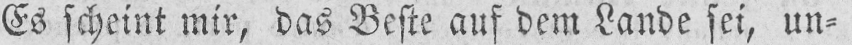
Es scheint mir, das Beste auf dem Lande sei, un⸗